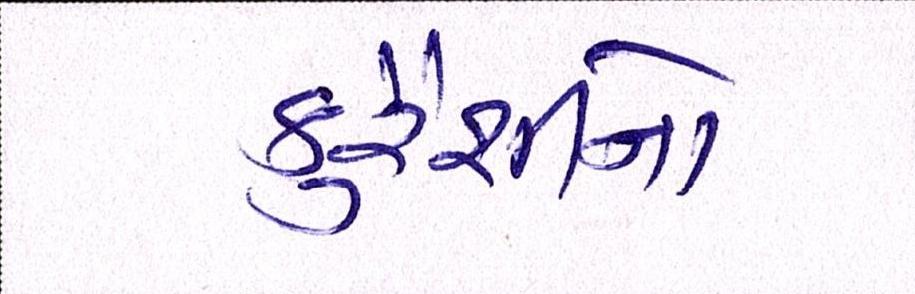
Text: કુરૈશીનો